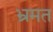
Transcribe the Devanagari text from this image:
भ्रमत